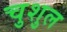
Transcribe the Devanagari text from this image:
चुशुल